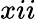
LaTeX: xii